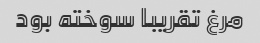
مرغ تقریبا سوخته بود